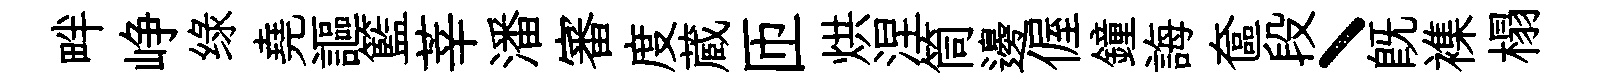
畔峥绿堯謳籃莘潘審度蔵匝烘涅筒邊偓鐘誨奩段丶旣襍榻